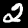
Digit: 2